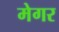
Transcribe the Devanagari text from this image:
मेगर